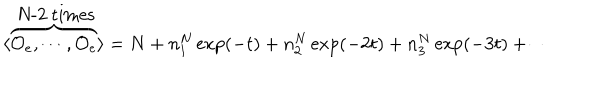
\langle \overbrace { { \cal O } _ { e } , \cdots , { \cal O } _ { e } } ^ { \mathrm { ~ N - 2 ~ t i m e s } } \rangle = N + n _ { 1 } ^ { N } \exp ( - t ) + n _ { 2 } ^ { N } \exp ( - 2 t ) + n _ { 3 } ^ { N } \exp ( - 3 t ) + \cdots